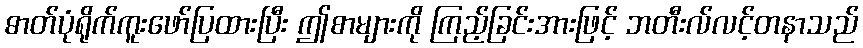
ဓာတ်ပုံရိုက်ကူးဖော်ပြထားပြီး ဤစာများကို ကြည့်ခြင်းအားဖြင့် ဘတီးလ်လင့်တနာသည်